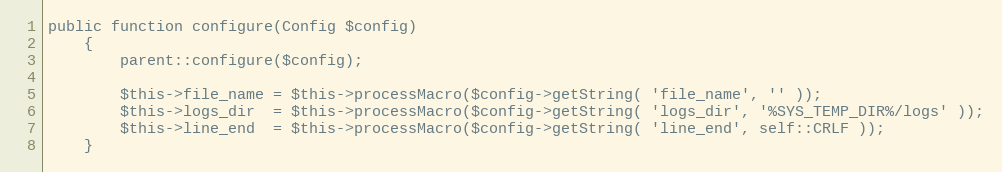
Language: PHP
public function configure(Config $config)
    {
        parent::configure($config);

        $this->file_name = $this->processMacro($config->getString( 'file_name', '' ));
        $this->logs_dir  = $this->processMacro($config->getString( 'logs_dir', '%SYS_TEMP_DIR%/logs' ));
        $this->line_end  = $this->processMacro($config->getString( 'line_end', self::CRLF ));
    }